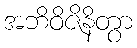
အဘိဝိဇိနိတွာ